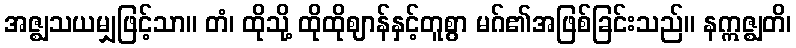
အဇ္ဈသယမျှဖြင့်သာ။ တံ၊ ထိုသို့ ထိုထိုဈာန်နှင့်တူစွာ မဂ်၏အဖြစ်ခြင်းသည်။ နဣဇ္ဈတိ၊